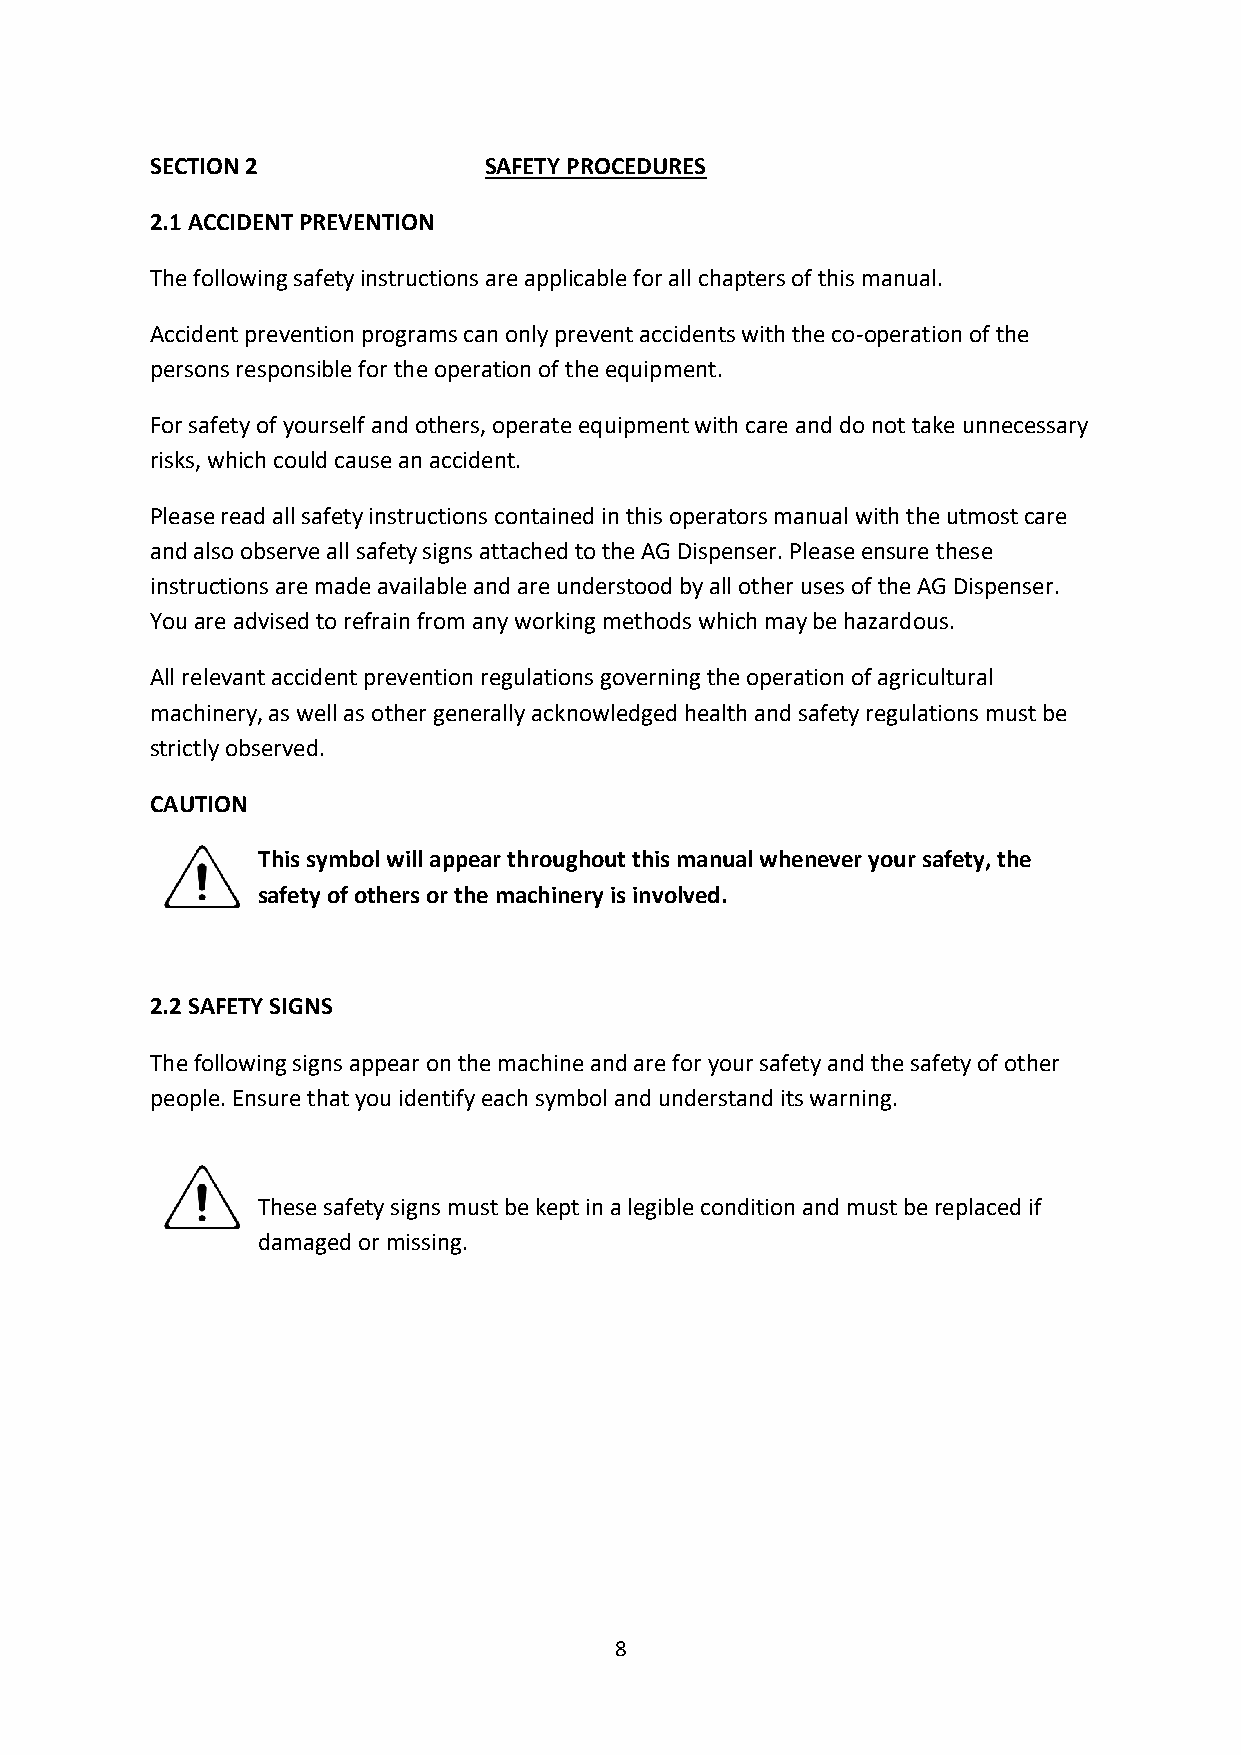
SECTION 2             SAFETY PROCEDURES
 2.1 ACCIDENT PREVENTION
 The following safety instructions are applicable for all chapters of this manual.
 Accident prevention programs can only prevent accidents with the co-operation of the
 persons responsible for the operation of the equipment.
 For safety of yourself and others, operate equipment with care and do not take unnecessary
 risks, which could cause an accident.
 Please read all safety instructions contained in this operators manual with the utmost care
 and also observe all safety signs attached to the AG Dispenser. Please ensure these
 instructions are made available and are understood by all other uses of the AG Dispenser.
 You are advised to refrain from any working methods which may be hazardous.
 All relevant accident prevention regulations governing the operation of agricultural
 machinery, as well as other generally acknowledged health and safety regulations must be
 strictly observed.
 CAUTION
 This symbol will appear throughout this manual whenever your safety, the
 safety of others or the machinery is involved.
 2.2 SAFETY SIGNS
 The following signs appear on the machine and are for your safety and the safety of other
 people. Ensure that you identify each symbol and understand its warning.
 These safety signs must be kept in a legible condition and must be replaced if
 damaged or missing.
 8